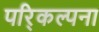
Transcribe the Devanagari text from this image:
परि्कल्पना